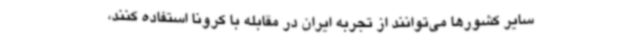
سایر کشورها می‌توانند از تجربه ایران در مقابله با کرونا استفاده کنند،